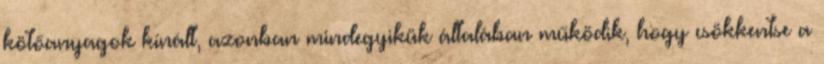
kötőanyagok kínált, azonban mindegyikük általában működik, hogy csökkentse a